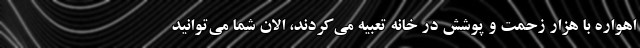
اهواره با هزار زحمت و پوشش در خانه تعبیه می‌کردند، الان شما می‌توانید